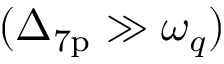
( \Delta _ { \mathrm { 7 p } } \gg \omega _ { q } )